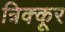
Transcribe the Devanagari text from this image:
त्रिक्कूर